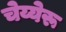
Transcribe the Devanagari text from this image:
चेय्येरू